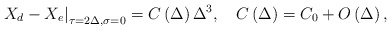
\begin{align*}\left. X_d-X_e\right| _{\tau =2\Delta ,\sigma =0}=C\left( \Delta \right)\Delta ^3,\quad C\left( \Delta \right) =C_0+O\left( \Delta \right) ,\end{align*}